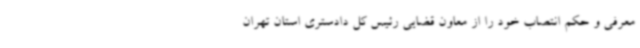
معرفی و حکم انتصاب خود را از معاون قضایی رئیس کل دادستری استان تهران